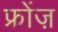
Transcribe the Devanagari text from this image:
फ्रोंज़